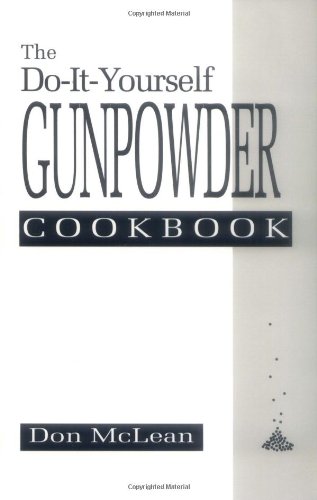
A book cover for The Do-it-Yourself Gunpowder Cookbook; Don McLean; Engineering & Transportation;